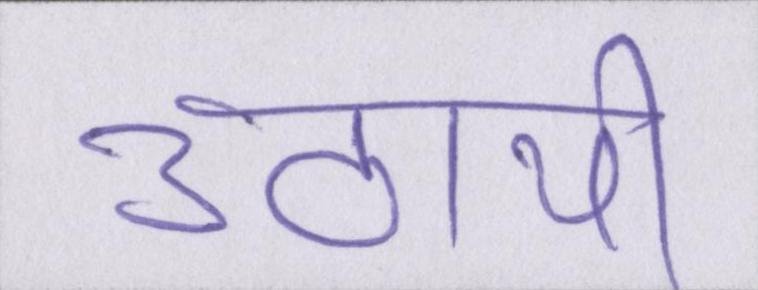
उठायी